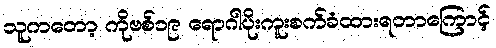
သူကတော့ ကိုဗစ်၁၉ ရောဂါပိုးကူးစက်ခံထားရတာကြောင့်